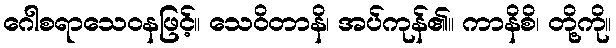
ဂေါစရာသေဝနဖြင့်။ သေဝိတာနိ၊ အပ်ကုန်၏။ ကာနိစိ၊ တို့ကို။